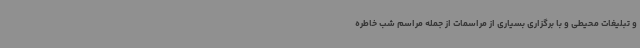
و تبلیغات محیطی و با برگزاری بسیاری از مراسمات از جمله مراسم شب خاطره